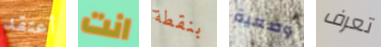
أعتقد انت بنقطة وضعية تعرف